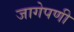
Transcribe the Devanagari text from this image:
जागेपणी